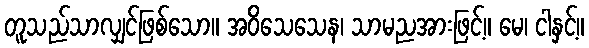
တူသည်သာလျှင်ဖြစ်သော။ အဝိသေသေန၊ သာမညအားဖြင့်။ မေ၊ ငါနှင့်။